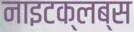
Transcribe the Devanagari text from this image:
नाइटक्लब्स